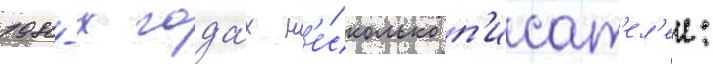
1980-х года́х н'е́сколько п'исат'ел'еи: